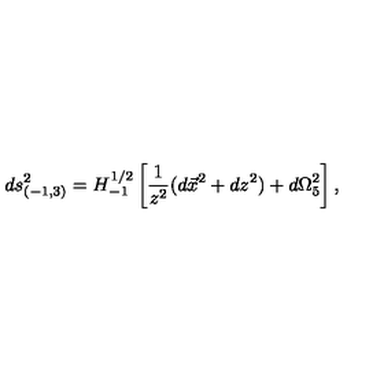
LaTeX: d s _ { ( - 1 , 3 ) } ^ { 2 } = H _ { - 1 } ^ { 1 / 2 } \left[ { \frac { 1 } { z ^ { 2 } } } ( d \vec { x } ^ { 2 } + d z ^ { 2 } ) + d \Omega _ { 5 } ^ { 2 } \right] ,